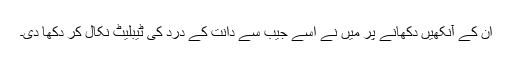
ان کے آنکھیں دکھانے پر میں نے اسے جیب سے دانت کے درد کی ٹیبلیٹ نکال کر دکھا دی۔